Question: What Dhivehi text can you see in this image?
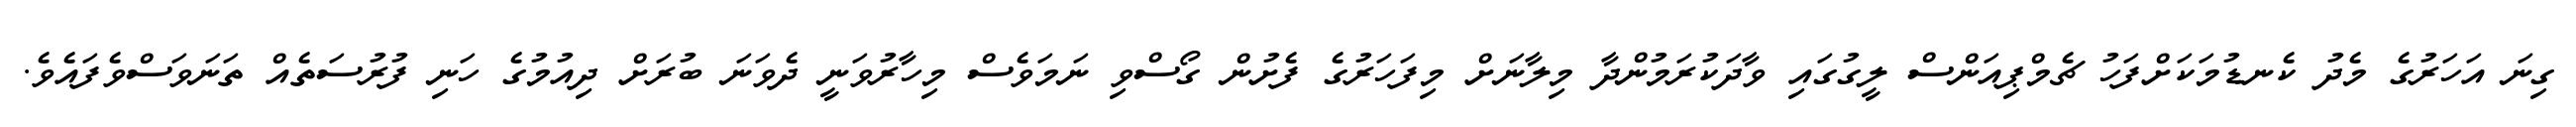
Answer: ގިނަ އަހަރުގެ މެދު ކެނޑުމަކަށްފަހު ޗެމްޕިއަންސް ލީގުގައި ވާދަކުރަމުންދާ މިލާނަށް މިފަހަރުގެ ފެށުން ގޯސްވި ނަމަވެސް މިހާރުވަނީ ދެވަނަ ބުރަށް ދިއުމުގެ ހަނި ފުރުސަތެއް ތަނަވަސްވެފައެވެ.